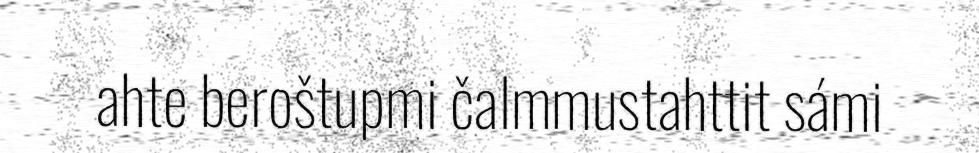
ahte beroštupmi čalmmustahttit sámi